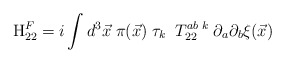
\begin{align*}{\rm H}_{22}^{F}=i\int d^{3}{\vec{x}}\;\pi ({\vec{x}})\;\tau_{k}\;\;T_{22}^{ab\;k}\;\partial _{a}\partial _{b}{\xi }(\vec{x})\end{align*}